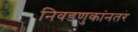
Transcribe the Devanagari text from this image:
निवडणुकांनतर